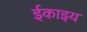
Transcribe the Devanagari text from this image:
ईकाइय